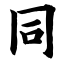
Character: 同